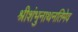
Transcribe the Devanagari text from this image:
श्रीशंभुनाथनतिमेव